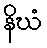
နိဃံ